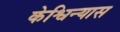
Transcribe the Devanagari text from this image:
केश्विन्यास